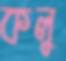
কলু